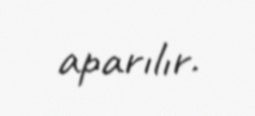
aparılır.